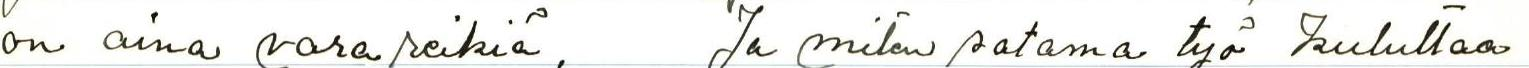
on aina varareikiä, Ja miten satama työ kuluttaa